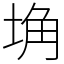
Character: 埆